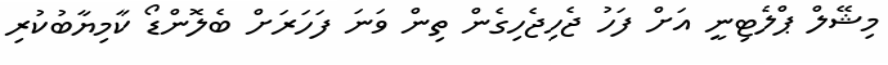
މިޝޭލް ޕްލެޓިނީ އަށް ފަހު ޖެހިޖެހިގެން ތިން ވަނަ ފަހަރަށް ބެލޮންޑޯ ކާމިޔާބުކުރި